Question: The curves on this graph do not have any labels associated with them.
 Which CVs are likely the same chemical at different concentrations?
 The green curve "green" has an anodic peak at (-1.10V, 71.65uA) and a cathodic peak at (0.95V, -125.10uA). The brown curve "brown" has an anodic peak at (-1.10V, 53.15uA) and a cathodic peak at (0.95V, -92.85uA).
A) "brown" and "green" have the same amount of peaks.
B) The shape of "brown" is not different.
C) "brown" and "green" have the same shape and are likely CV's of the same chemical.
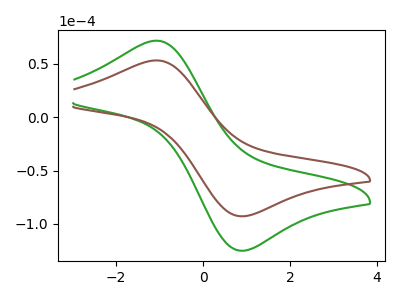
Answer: <think>All the peaks in "green" have a peak in "brown" at the same potential. Every peak in "green" is higher than every peak in "brown".
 </think>
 <answer>C) "brown" and "green" have the same shape and are likely CV's of the same chemical.</answer>
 <eval>C</eval>